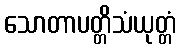
သောတာပတ္တိသံယုတ္တံ